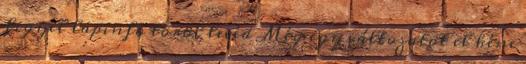
figyel lapinfo töröl levéd Még egy változatot el kéne